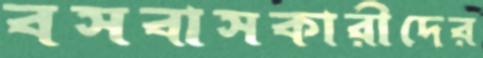
বসবাসকারীদের